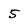
Character: 5